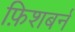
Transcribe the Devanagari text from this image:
फ़िशबर्न